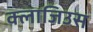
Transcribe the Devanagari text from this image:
क्लाजिउस